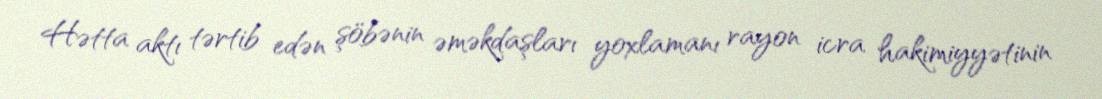
Hətta aktı tərtib edən şöbənin əməkdaşları yoxlamanı rayon icra hakimiyyətinin